King Institute of Preventive Medicine Micro-Biological Section reports 1912-19
Year: 1912
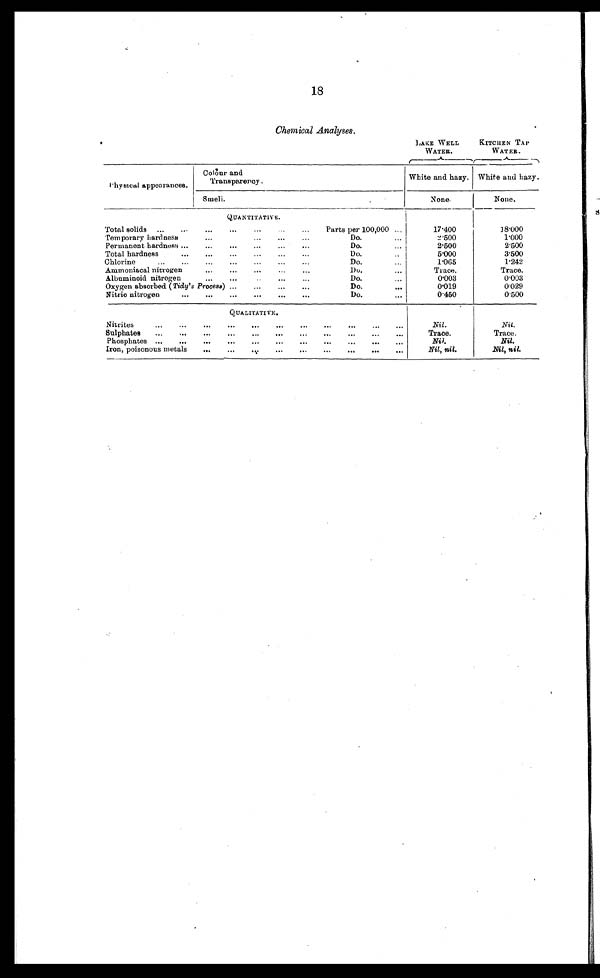
18
Chemical Analyses.
LAKE WELL
WATER.
KITCHEN TAP
WATER.
Physical appearances.
Colour and
Transparency.
White and hazy. White and hazy.
Smeli.
None.
None.
QUANTITATIVE.
Total solids . . .
Parts per 100,000 . . .
17.400
18.000
Temporary hardness . . .
Do. . . .
2.500
1.000
Do. . . .
2.500
Permanent hardness . . .
2.500
Total hardness . . .
D o . . . .
5.000
3.500
Do. . . .
1.065
Chlorine . . .
1.242
Do. . . .
Trace.
Ammoniacal nitrogen . . .
Trace.
D o . . . .
Albuminoid nitrogen . . .
0.003
0.003
Oxygen absorbed ( Tidy's Process) . . .
Do. . . .
0.019
0.029
Do. . . .
Nitric nitrogen . . .
0.450
0.500
Q U A L I T A T I V E .
Nitrites . . .
. . .
Nil.
Nil.
Sulphates . . .
. . .
Trace.
Trace.
Phosphates . . .
. . .
Nil.
Nil.
Iron, poisonous metals . . .
. . .
Nil, nil.
Nil, nil.